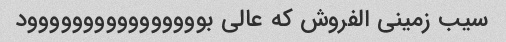
سیب زمینی الفروش که عالی بوووووووووووووووود